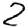
Digit: 2